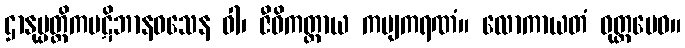
ဌာနုပ္ပတ္တိကပဋိဘာနဝသေန ဝါ၊ ဇီဝိကတ္ထာယ ကဗျကရဏံ။ လောကာယတံ ဝုတ္တမေဝ။